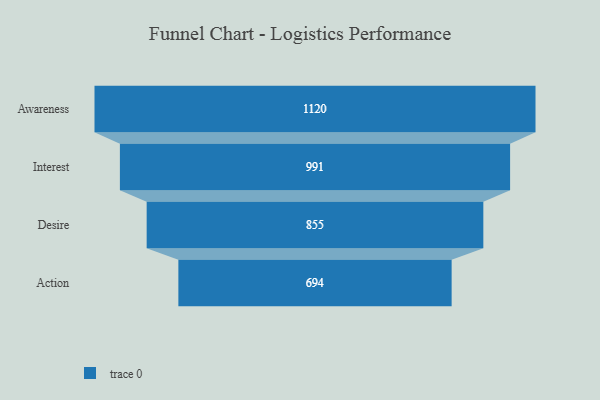
{"axis": {"x": "Stage", "y": "Value"}, "legend": [""], "data": [{"x": "Awareness", "y": 1120.0, "type": ""}, {"x": "Interest", "y": 991.0, "type": ""}, {"x": "Desire", "y": 855.0, "type": ""}, {"x": "Action", "y": 694.0, "type": ""}]}